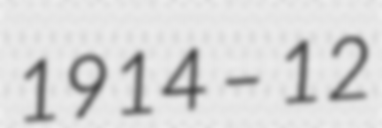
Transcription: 1914 – 12